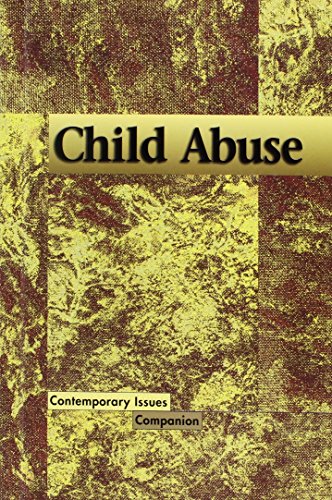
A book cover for Contemporary Issues Companion - Child Abuse (hardcover edition); Bryan J. Grapes; Teen & Young Adult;